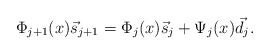
\begin{align*}\Phi_{j+1}(x)\vec{s}_{j+1} = \Phi_j(x) \vec{s}_j + \Psi_j(x) \vec{d}_j.\end{align*}